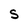
Character: S